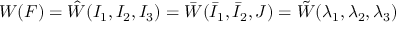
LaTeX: W ( { \boldsymbol { F } } ) = { \hat { W } } ( I _ { 1 } , I _ { 2 } , I _ { 3 } ) = { \bar { W } } ( { \bar { I } } _ { 1 } , { \bar { I } } _ { 2 } , J ) = { \tilde { W } } ( \lambda _ { 1 } , \lambda _ { 2 } , \lambda _ { 3 } )